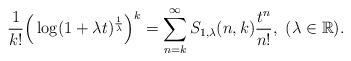
LaTeX: \begin{align*}\frac{1}{k!} \Big( \log(1+\lambda t)^{\frac{1}{\lambda }} \Big)^k = \sum_{n=k}^\infty S_{1,\lambda }(n,k) \frac{t^n}{n!},\,\,(\lambda \in \mathbb{R}).\end{align*}